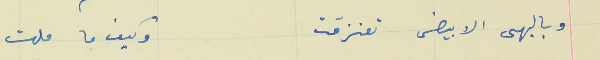
وبالبهى الابيض تعنزقت                                وكيف ما قلت